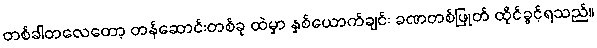
တစ်ခါတလေတော့ တန်ဆောင်းတစ်ခု ထဲမှာ နှစ်ယောက်ချင်း ခဏတစ်ဖြုတ် ထိုင်ခွင့်ရသည်။